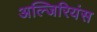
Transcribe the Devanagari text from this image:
अल्जिरियंस